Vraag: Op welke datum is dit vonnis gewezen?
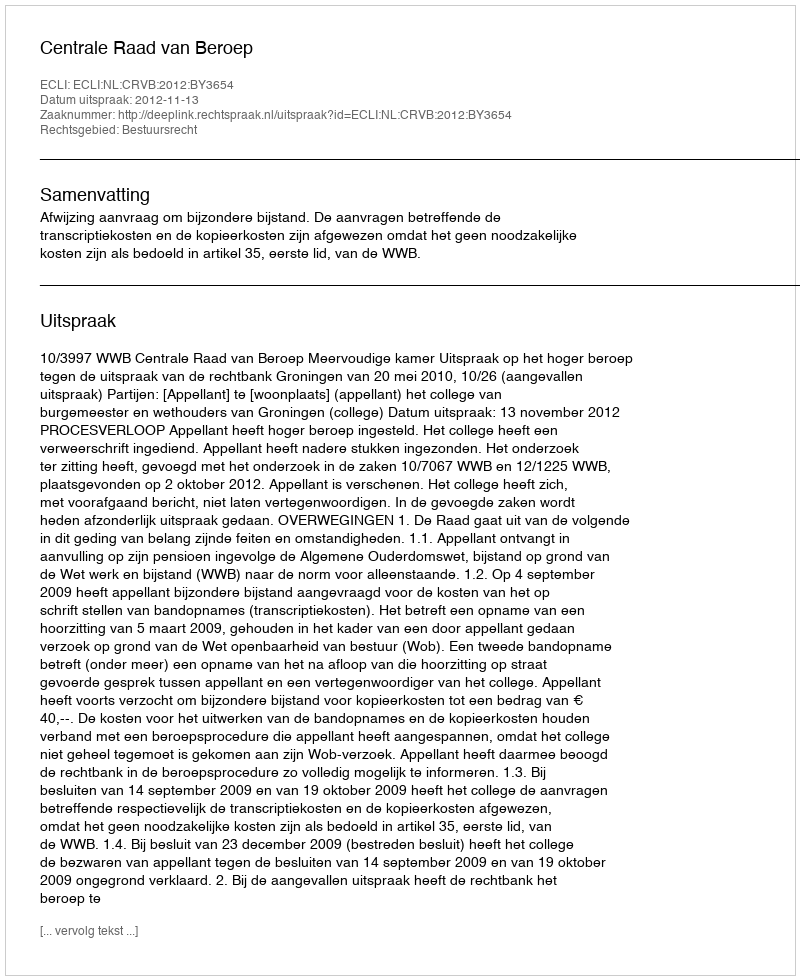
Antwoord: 2012-11-13